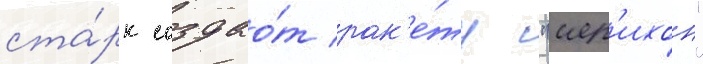
ста́рк создао́т рак'е́ту "иер'ихон"